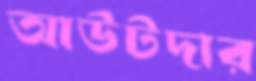
আউটদার